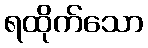
ရထိုက်သော